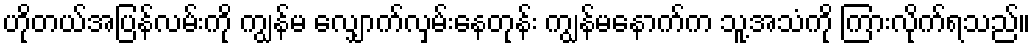
ဟိုတယ်အပြန်လမ်းကို ကျွန်မ လျှောက်လှမ်းနေတုန်း ကျွန်မနောက်က သူ့အသံကို ကြားလိုက်ရသည်။